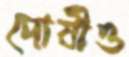
দোষীও